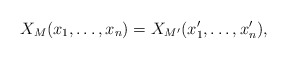
\begin{align*}X_M(x_1,\dots, x_n) = X_{M'}(x_1', \dots, x_n'),\end{align*}